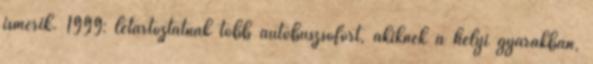
ismerik. 1999: letartóztatnak több autóbuszsofőrt, akiknek a helyi gyárakban,